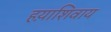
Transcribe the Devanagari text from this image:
हय़ाशिवाय